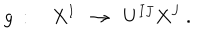
g \ : \quad X ^ { I } \ \ \rightarrow \ \ U ^ { I J } X ^ { J } \ .